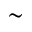
\sim